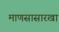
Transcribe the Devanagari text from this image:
माणसासारखा